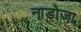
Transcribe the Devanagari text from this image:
नाडोजा